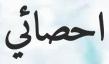
احصائي